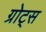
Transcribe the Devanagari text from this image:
ग्रोट्स